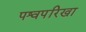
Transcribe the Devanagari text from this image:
पश्वपरिखा